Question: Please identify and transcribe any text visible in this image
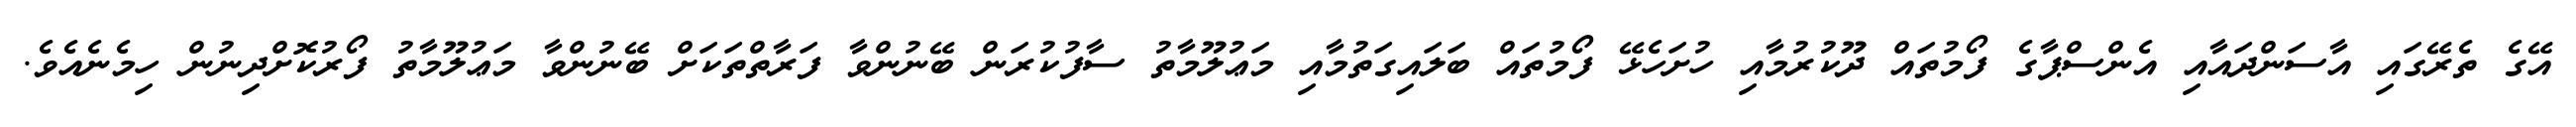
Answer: އޭގެ ތެރޭގައި އާސަންދައާއި އެންސްޕާގެ ފޯމުތައް ދޫކުރުމާއި ހުށަހެޅޭ ފޯމުތައް ބަލައިގަތުމާއި މަޢުލޫމާތު ސާފުކުރަން ބޭނުންވާ ފަރާތްތަކަށް ބޭނުންވާ މަޢުލޫމާތު ފޯރުކޮށްދިނުން ހިމެނެއެވެ.